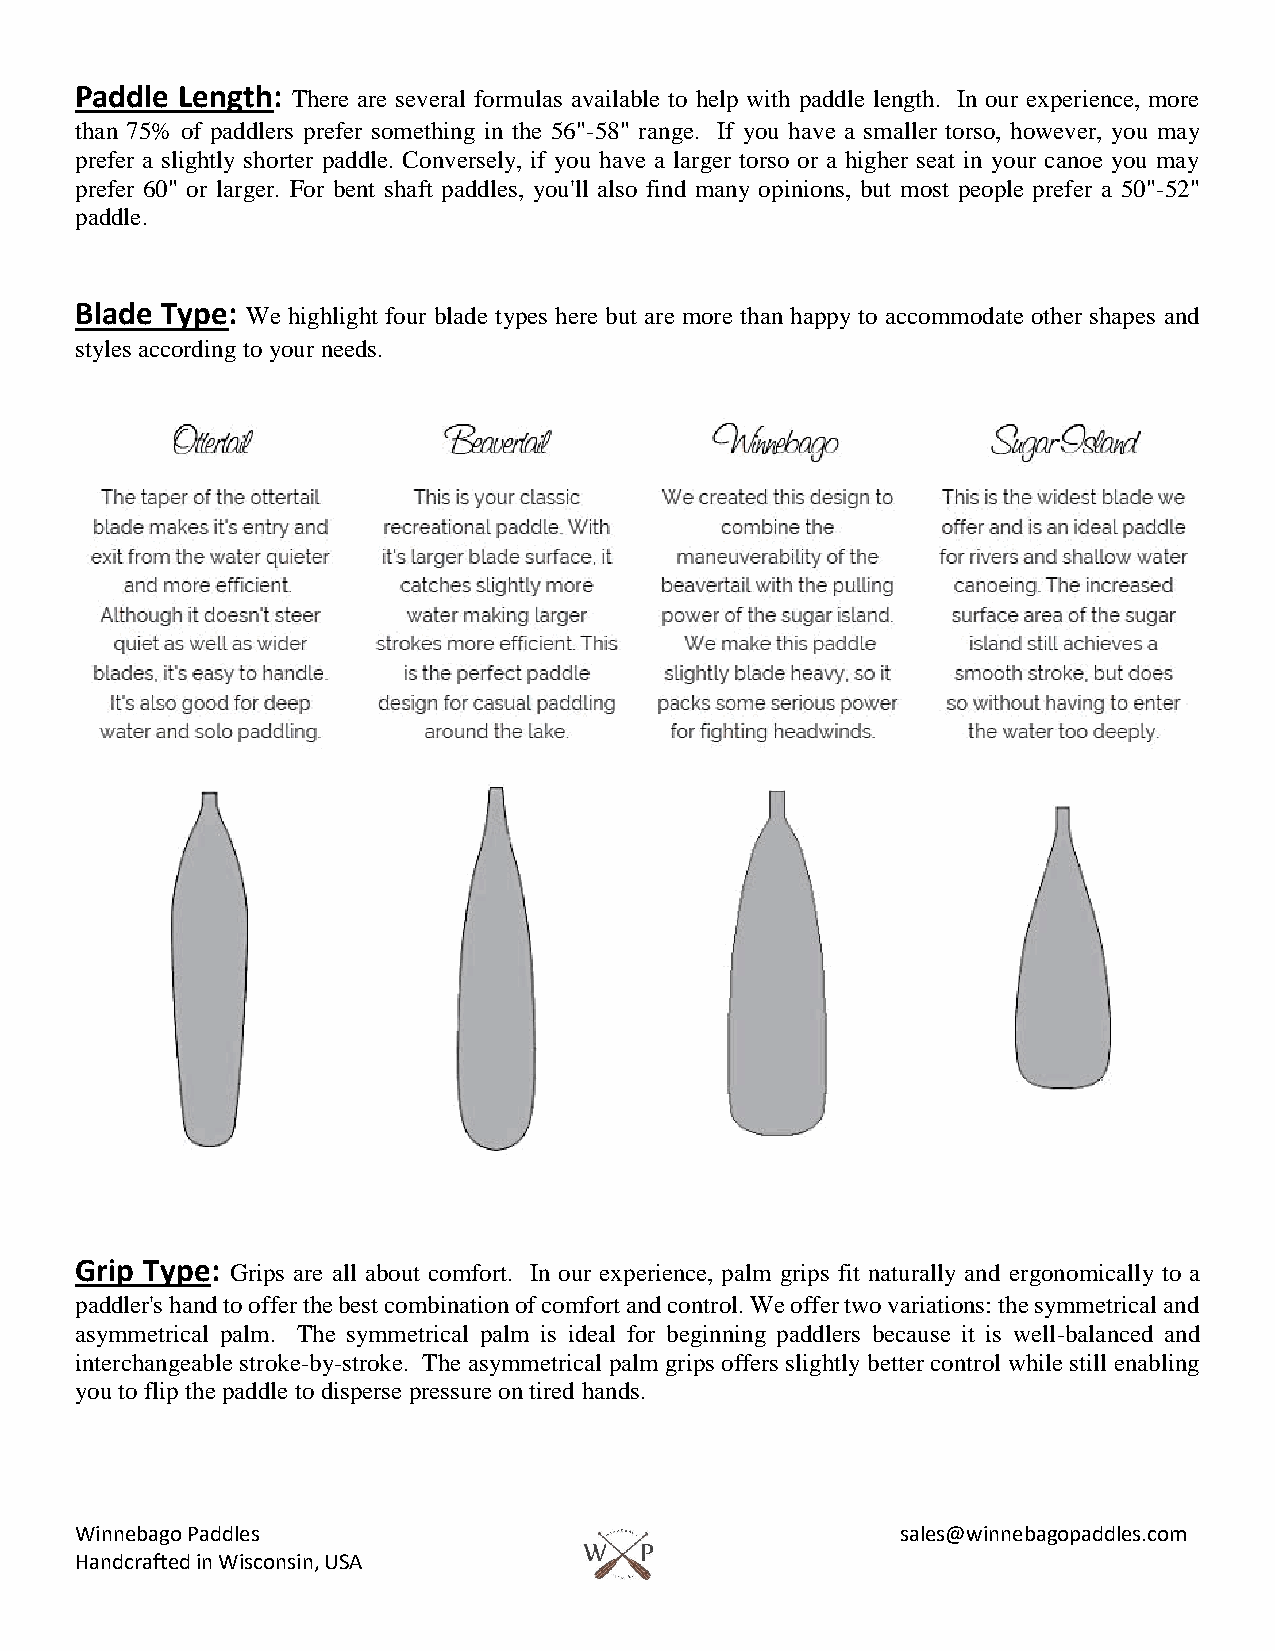
Paddle Length: There are several formulas available to help with paddle length. In our experience, more
 than 75% of paddlers prefer something in the 56"-58" range. If you have a smaller torso, however, you may
 prefer a slightly shorter paddle. Conversely, if you have a larger torso or a higher seat in your canoe you may
 prefer 60" or larger. For bent shaft paddles, you'll also find many opinions, but most people prefer a 50"-52"
 paddle.
 Blade Type: We highlight four blade types here but are more than happy to accommodate other shapes and
 styles according to your needs.
 Grip Type: Grips are all about comfort. In our experience, palm grips fit naturally and ergonomically to a
 paddler's hand to offer the best combination of comfort and control. We offer two variations: the symmetrical and
 asymmetrical palm. The symmetrical palm is ideal for beginning paddlers because it is well-balanced and
 interchangeable stroke-by-stroke. The asymmetrical palm grips offers slightly better control while still enabling
 you to flip the paddle to disperse pressure on tired hands.
 Winnebago Paddles                                      sales@winnebagopaddles.com
 Handcrafted in Wisconsin, USA